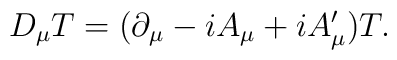
D_\mu T = (\partial_\mu - i A_\mu + i A'_\mu) T.